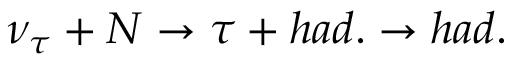
\nu _ { \tau } + N \rightarrow \tau + h a d . \rightarrow h a d .